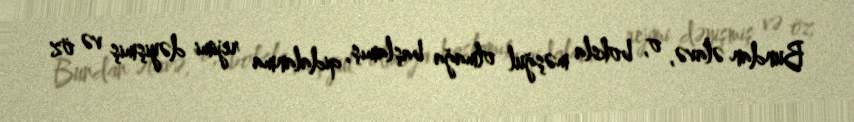
Bundan əlavə, o, boksla məşğul olmağa başlamış, qidalanma rejimi dəyişmiş və öz